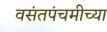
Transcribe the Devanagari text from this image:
वसंतपंचमीच्या